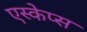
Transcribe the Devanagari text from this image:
एस्केप्स